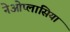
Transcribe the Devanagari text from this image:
नेओप्लासिया